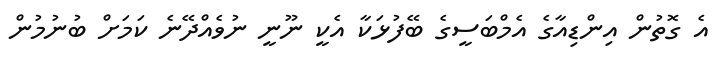
އެ ގޮތުން އިންޑިއާގެ އެމްބަސީގެ ބޭފުޅަކާ އެކީ ނޫނީ ނުވެއްދޭނެ ކަމަށް ބުނުމުން